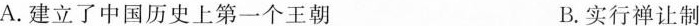
A.建立了中国历史上第一个王朝 B.实行禅让制